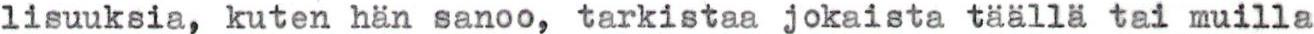
lisuuksia, kuten hän sanoo, tarkistaa jokaista täällä tai muilla